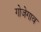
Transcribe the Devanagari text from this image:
गोजेगाव